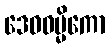
ဒေဝဓမ္မိကော